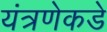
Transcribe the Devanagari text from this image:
यंत्रणेकडे